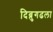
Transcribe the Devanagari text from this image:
दिब्रुगढला